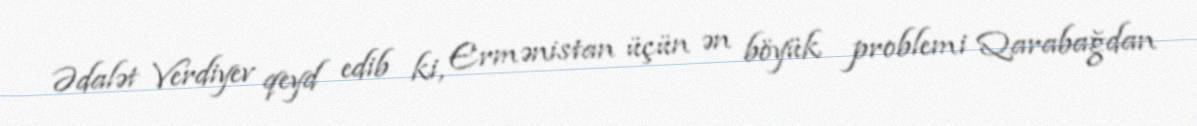
Ədalət Verdiyev qeyd edib ki, Ermənistan üçün ən böyük problemi Qarabağdan